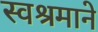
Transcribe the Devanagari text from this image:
स्वश्रमाने